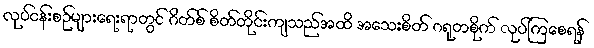
လုပ်ငန်းစဉ်များရေးရာတွင် ဂိတ်စ် စိတ်တိုင်းကျသည်အထိ အသေးစိတ် ဂရုတစိုက် လုပ်ကြစေရန်